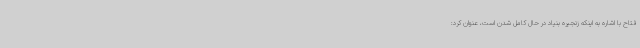
فتاح با اشاره به اینکه زنجیره بنیاد در حال کامل شدن است، عنوان کرد: